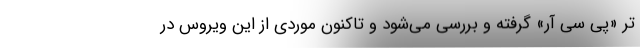
تر «پی سی آر» گرفته و بررسی می‌شود و تاکنون موردی از این ویروس در